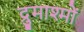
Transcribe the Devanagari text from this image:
द्रुमाश्मों